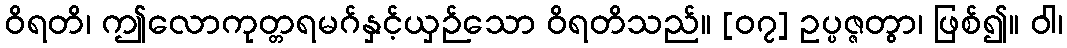
ဝိရတိ၊ ဤလောကုတ္တရမဂ်နှင့်ယှဉ်သော ဝိရတိသည်။ [၀၇] ဥပ္ပဇ္ဇတွာ၊ ဖြစ်၍။ ဝါ၊